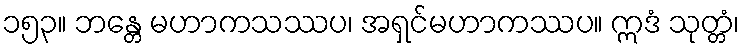
၁၅၃။ ဘန္တေ မဟာကသဿပ၊ အရှင်မဟာကဿပ။ ဣဒံ သုတ္တံ၊